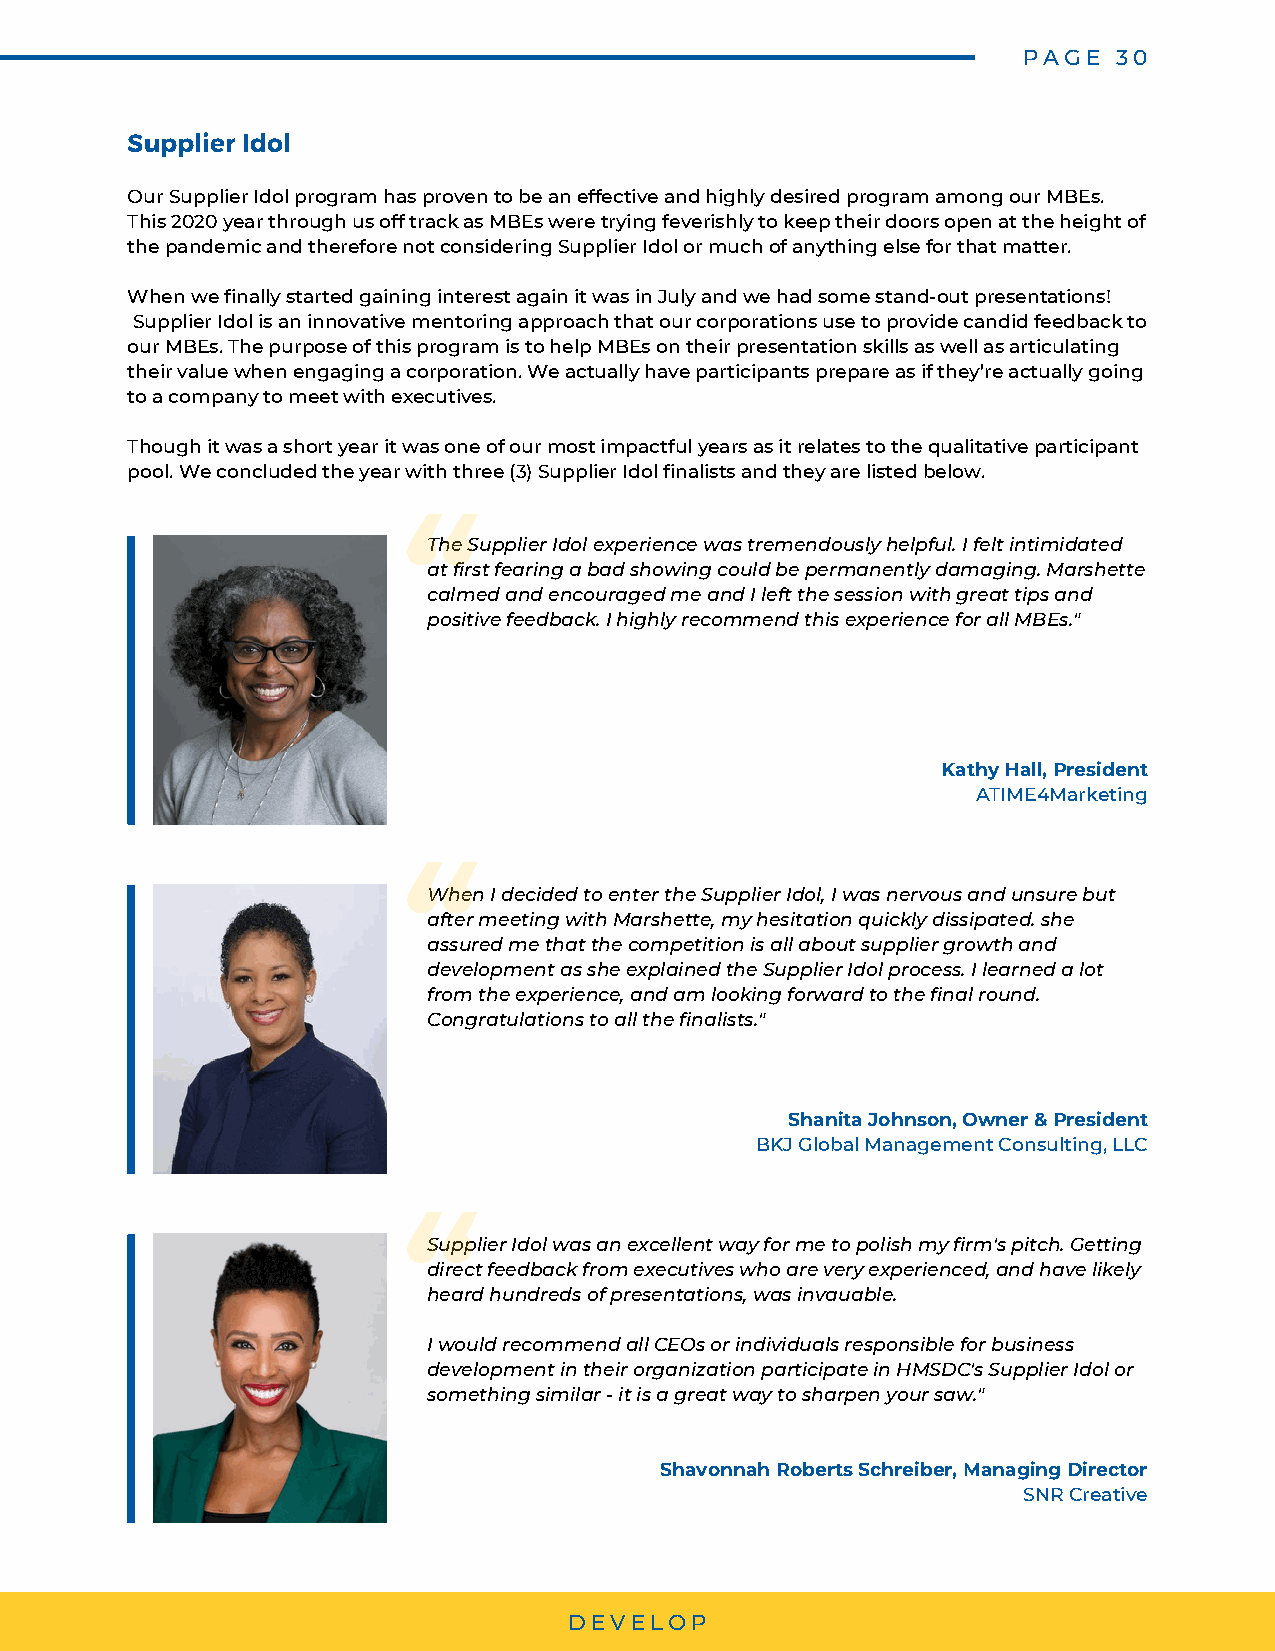
PAGE  30
 Supplier Idol
 Our Supplier Idol program has proven to be an effective and highly desired program among our MBEs.
 This 2020 year through us off track as MBEs were trying feverishly to keep their doors open at the height of
 the pandemic and therefore not considering Supplier Idol or much of anything else for that matter.
 When we finally started gaining interest again it was in July and we had some stand-out presentations!
 Supplier Idol is an innovative mentoring approach that our corporations use to provide candid feedback to
 our MBEs. The purpose of this program is to help MBEs on their presentation skills as well as articulating
 their value when engaging a corporation. We actually have participants prepare as if they’re actually going
 to a company to meet with executives.
 Though it was a short year it was one of our most impactful years as it relates to the qualitative participant
 pool. We concluded the year with three (3) Supplier Idol finalists and they are listed below.
 “
 The Supplier Idol experience was tremendously helpful. I felt intimidated
 at first fearing a bad showing could be permanently damaging. Marshette
 calmed and encouraged me and I left the session with great tips and
 positive feedback. I highly recommend this experience for all MBEs."
 Kathy Hall, President
 ATIME4Marketing
 “
 When I decided to enter the Supplier Idol, I was nervous and unsure but
 after meeting with Marshette, my hesitation quickly dissipated. she
 assured me that the competition is all about supplier growth and
 development as she explained the Supplier Idol process. I learned a lot
 from the experience, and am looking forward to the final round.
 Congratulations to all the finalists."
 Shanita Johnson, Owner & President
 BKJ Global Management Consulting, LLC
 “
 Supplier Idol was an excellent way for me to polish my firm's pitch. Getting
 direct feedback from executives who are very experienced, and have likely
 heard hundreds of presentations, was invauable.
 I would recommend all CEOs or individuals responsible for business
 development in their organization participate in HMSDC's Supplier Idol or
 something similar - it is a great way to sharpen your saw."
 Shavonnah Roberts Schreiber, Managing Director
 SNR Creative
 DEVELOP